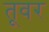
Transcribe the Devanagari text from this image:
तूवर